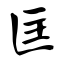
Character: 匡